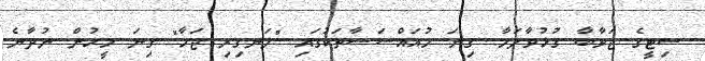
ސިޓީގެ ޖަވާބާ ގުޅުވާލަމާ. ގިނަ މުއައްސަސާތަކުގައި "ލަނގިރި ޖަހާ" ގިނަ މީހުން ނުދާނެ